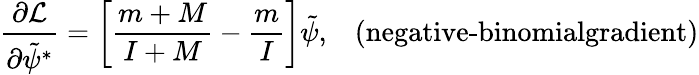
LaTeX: \frac{\partial\mathcal{L}}{\partial\tilde{\psi}^{*}}=\left[\frac{m+M}{I+M}-\frac{m}{I}\right]\tilde{\psi},\; \; \; \textrm{(negative-binomialgradient)}